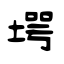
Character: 堮